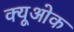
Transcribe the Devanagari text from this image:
क्यूओक